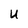
Character: U